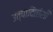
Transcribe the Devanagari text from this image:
उत्पादितांशी